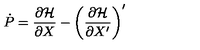
\dot { P } = \frac { \partial { \cal H } } { \partial X } - \left( \frac { \partial { \cal H } } { \partial X ^ { \prime } } \right) ^ { \prime }